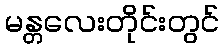
မန္တလေးတိုင်းတွင်